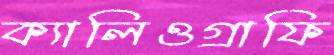
ক্যালিওগ্রাফি